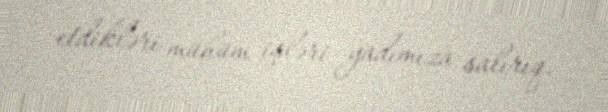
etdikləri mühüm işləri yadımıza salırıq.